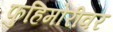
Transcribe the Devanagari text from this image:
फुहिमोरीवर